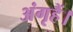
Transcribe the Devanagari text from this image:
अंगृहैं।